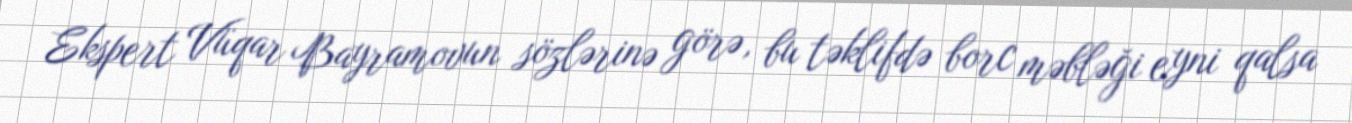
Ekspert Vüqar Bayramovun sözlərinə görə, bu təklifdə borc məbləği eyni qalsa